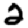
Digit: 2